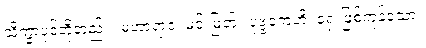
သိက္ခာပုဒ်တို့တည်း။ မဟာရာဇ၊ မင်းမြတ်။ ပုဗ္ဗကေဟိ၊ ရှေးဖြစ်ကုန်သော။